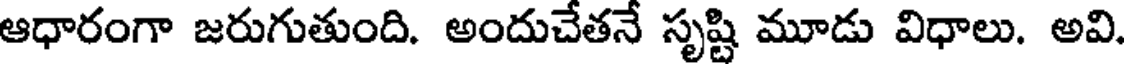
ఆధారంగా జరుగుతుంది. అందుచేతనే సృష్టి మూడు విధాలు. అవి.